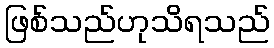
ဖြစ်သည်ဟုသိရသည်